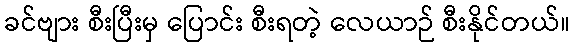
ခင်ဗျား စီးပြီးမှ ပြောင်း စီးရတဲ့ လေယာဉ် စီးနိုင်တယ်။